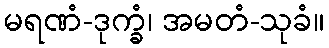
မရဏံ-ဒုက္ခံ၊ အမတံ-သုခံ။